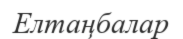
Елтаңбалар